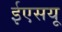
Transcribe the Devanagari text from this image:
ईएसयू